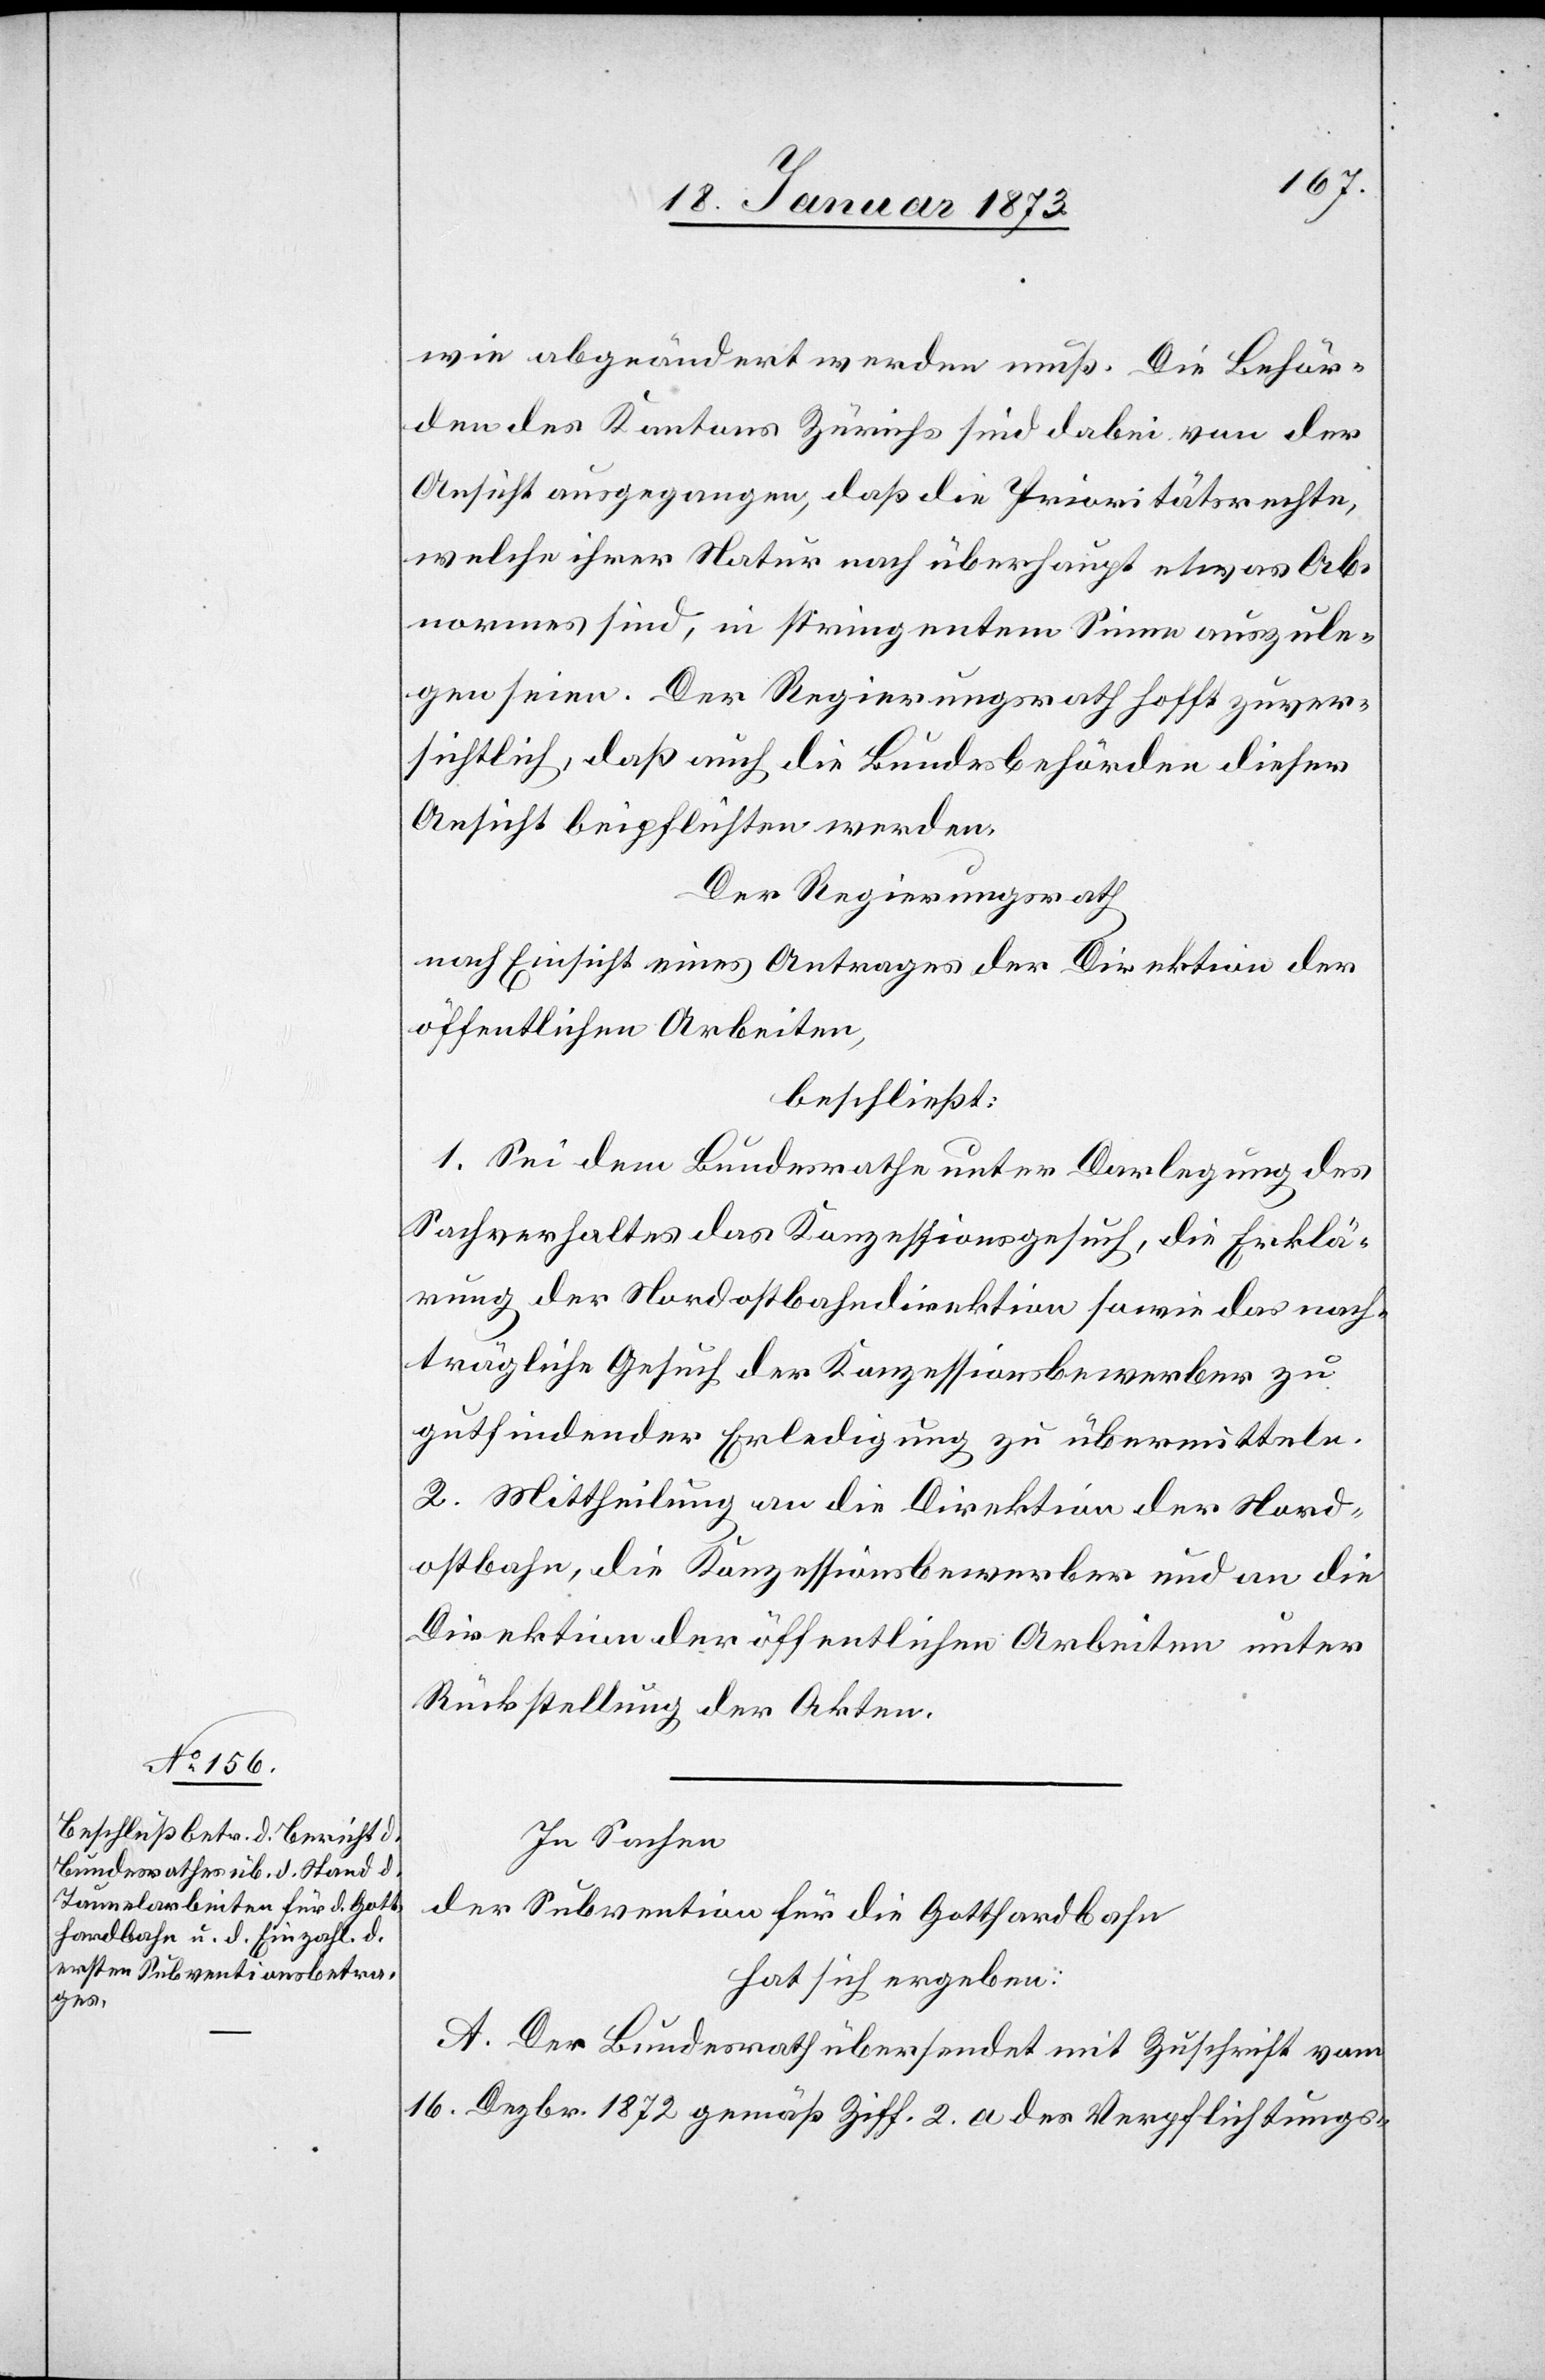
wie abgeändert werden muß. Die Behör¬
den des Kantons Zürichs sind dabei von der
Ansicht ausgegangen, daß die Prioritätsrechte,
welche ihrer Statur nach überhaupt etwas Ab¬
normes sind, in stringentem Sinne auszule¬
gen seien. Der Regierungsrath hofft zuver¬
sichtlich, daß auch die Bundesbehörden dieser
Ansicht beipflichten werden.
Der Regierungsrath
nach Einsicht eines Antrages der Direktion der
öffentlichen Arbeiten,
beschließt:
1. Sei dem Bundesrathe unter Darlegung des
Sachverhaltes das Konzessionsgesuch, die Erklä¬
rung der Nordostbahndirektion sowie das nach¬
trägliche Gesuch der Konzessionsbewerber zu
gutfindender Erledigung zu übermitteln.
2. Mittheilung an die Direktion der Nord¬
ostbahn, die Konzessionsbewerber und an die
Direktion der öffentlichen Arbeiten unter
Rückstellung der Akten.
In Sachen
der Subvention für die Gotthardbahn
hat sich ergeben:
A. Der Bundesrath übersendet mit Zuschrift vom
16. Dezbr. 1872 gemäß Ziff. 2. a des Verpflichtungs-